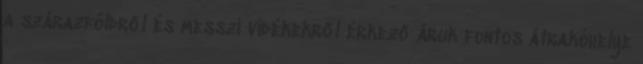
a szárazföldről és messzi vidékekről érkező áruk fontos átrakóhelye